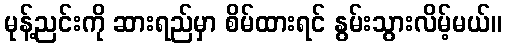
မုန့်ညင်းကို ဆားရည်မှာ စိမ်ထားရင် နွမ်းသွားလိမ့်မယ်။